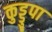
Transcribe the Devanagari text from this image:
कुड्डुपा